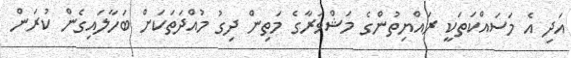
އަދި އެ މަސައްކަތަކީ ރައްޔިތުންގެ މަޝްވަރާގެ މަތިން ދިގު މުއްދަތަކަށް ބަހާލައިގެން ކުރަން